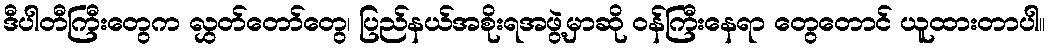
ဒီပါတီကြီးတွေက လွှတ်တော်တွေ၊ ပြည်နယ်အစိုးရအဖွဲ့မှာဆို ဝန်ကြီးနေရာ တွေတောင် ယူထားတာပါ။